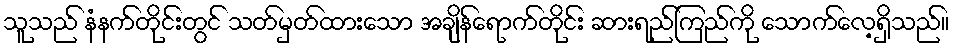
သူသည် နံနက်တိုင်းတွင် သတ်မှတ်ထားသော အချိန်ရောက်တိုင်း ဆားရည်ကြည်ကို သောက်လေ့ရှိသည်။